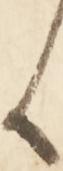
候